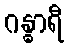
ဂန္ဓာရီ